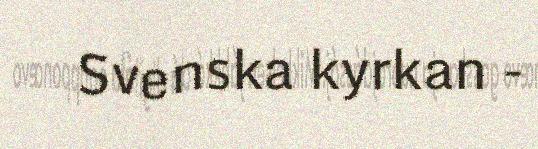
Svenska kyrkan -